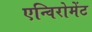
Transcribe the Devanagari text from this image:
एन्विरोमेंट